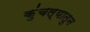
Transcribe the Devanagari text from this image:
कुंचल्यातुन